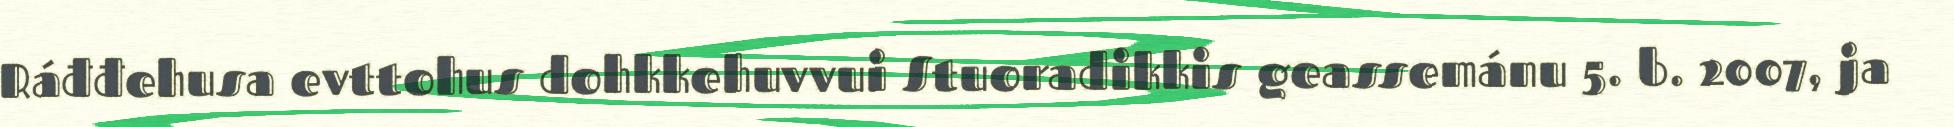
Ráđđehusa evttohus dohkkehuvvui Stuoradikkis geassemánu 5. b. 2007, ja